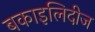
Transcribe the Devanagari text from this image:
बकाइलिदीज